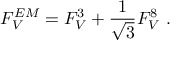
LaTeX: F _ { V } ^ { E M } = F _ { V } ^ { 3 } + { \frac { 1 } { \sqrt { 3 } } } F _ { V } ^ { 8 } \ .